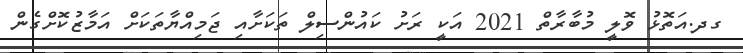
ގދ.އަތޮޅު ވޮލީ މުބާރާތް 2021 އަކީ ރަށު ކައުންސިލް ތަކަށާއި ޖަމިއްޔާތަކަށް އަމާޒުކޮށްގެން